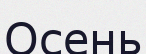
Осень